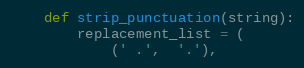
Language: Python
    def strip_punctuation(string):
        replacement_list = (
            (' .',  '.'),